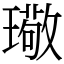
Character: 璥